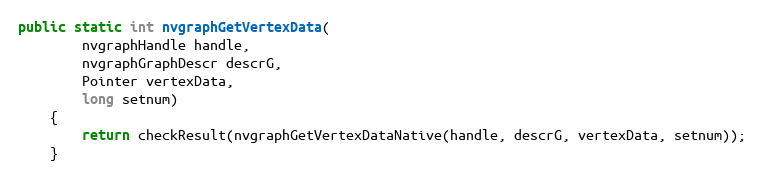
Language: Java
public static int nvgraphGetVertexData(
        nvgraphHandle handle,
        nvgraphGraphDescr descrG,
        Pointer vertexData,
        long setnum)
    {
        return checkResult(nvgraphGetVertexDataNative(handle, descrG, vertexData, setnum));
    }